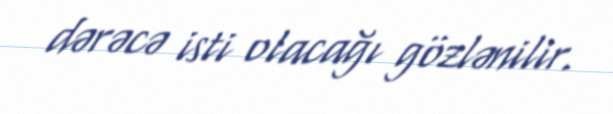
dərəcə isti olacağı gözlənilir.